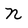
Character: N